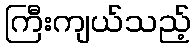
ကြီးကျယ်သည့်